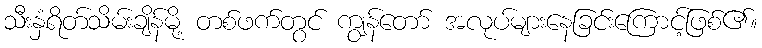
သီးနှံရိတ်သိမ်းချိန်မို့ တစ်ဖက်တွင် ကျွန်တော် အလုပ်များနေခြင်းကြောင့်ဖြစ်၏။